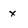
Character: x